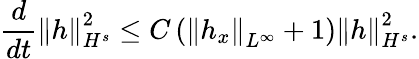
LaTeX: \frac{d}{dt}\left\| h\right\| _{H^{s}}^{2}\leq C\left(\left\| h_{x}\right\| _{L^{\infty}}+1\right)\left\| h\right\| _{H^{s}}^{2}.